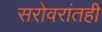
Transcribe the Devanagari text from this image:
सरोवरांतही